Statistics compiled by the Government of India from the reports of provincial Civil Veterinary Departments
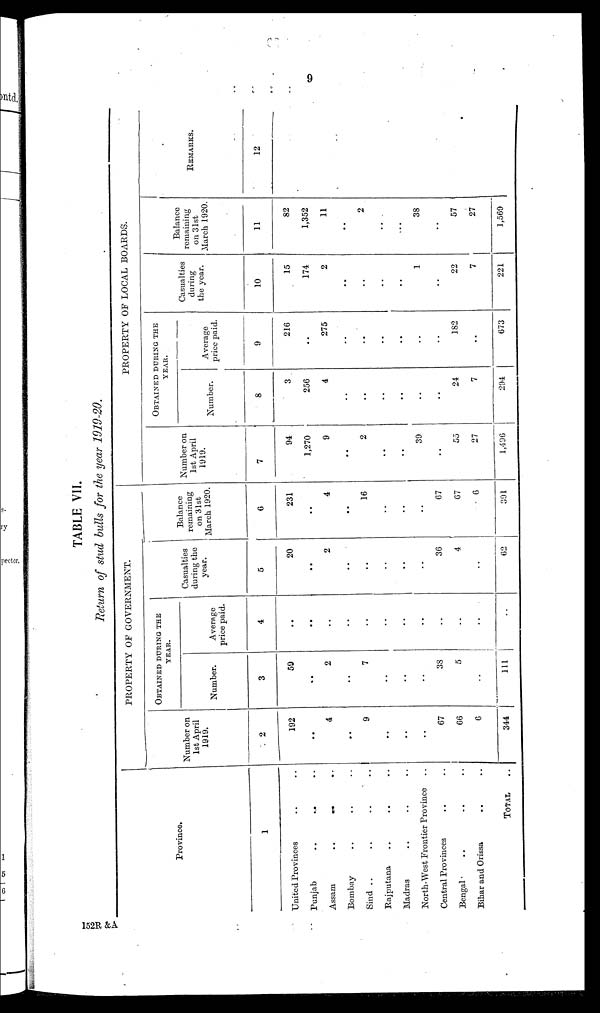
9
TABLE VII.
Return of stud bulls for the year 1919-20.
Province.
1
United Provinces .. ..
Punjab
..
.. ..
Assam .. .. ..
Bombay .. .. ..
Sind .. .. .. ..
Rajputana .. .. ..
Madras .. .. ..
North-West Frontier Province ..
Central Provinces .. ..
Bengal .. .. ..
Bihar and Orissa .. ..
TOTAL ..
PROPERTY OF GOVERNMENT.
Number on
1st April
1919.
2
192
..
4
..
9
..
..
..
67
66
6
344
OBTAINED DURING THE
YEAR.
Number.
3
59
..
2
..
7
..
..
..
38
5
..
111
Average
price paid.
4
..
..
..
..
..
..
..
..
..
..
..
..
Casualties
during the
year.
5
20
..
2
..
..
..
..
..
36
4
..
62
Balance
remaining
on 31st
March 1920.
6
231
..
4
..
16
..
..
..
67
67
6
391
PROPERTY OF LOCAL BOARDS.
Number on
1st April
1919.
7
94
1,270
9
..
2
..
..
39
..
55
27
1,496
OBTAINED DURING THE
YEAR.
Number.
8
3
256
4
..
..
..
..
..
..
24
7
294
Average
price paid.
9
216
..
275
..
..
..
..
..
..
182
..
673
Casualties
during
the year.
10
15
174
2
..
..
..
..
1
..
22
7
221
Balance
remaining
on 31st
March 1920.
11
82
1,352
11
..
2
..
...
38
..
57
27
1,569
REMARKS.
12